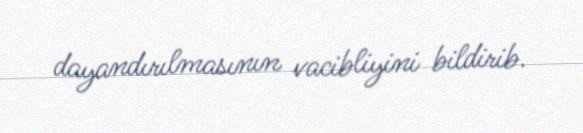
dayandırılmasının vacibliyini bildirib.